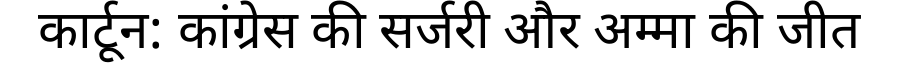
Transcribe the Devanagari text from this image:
कार्टून: कांग्रेस की सर्जरी और अम्मा की जीत